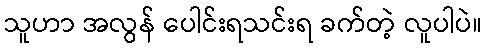
သူဟာ အလွန် ပေါင်းရသင်းရ ခက်တဲ့ လူပါပဲ။